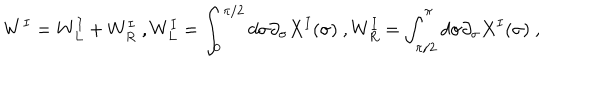
W ^ { I } = W _ { L } ^ { I } + W _ { R } ^ { I } \ , W _ { L } ^ { I } = \int _ { 0 } ^ { \pi / 2 } d \sigma \partial _ { \sigma } X ^ { I } ( \sigma ) \ , W _ { R } ^ { I } = \int _ { \pi / 2 } ^ { \pi } d \sigma \partial _ { \sigma } X ^ { I } ( \sigma ) \ ,